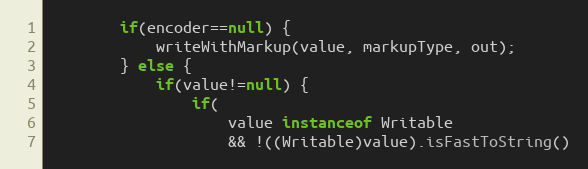
Language: Java
		if(encoder==null) {
			writeWithMarkup(value, markupType, out);
		} else {
			if(value!=null) {
				if(
					value instanceof Writable
					&& !((Writable)value).isFastToString()